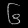
Digit: ၆